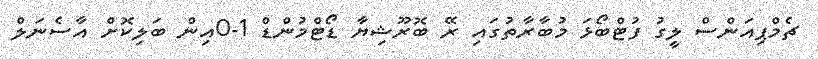
ޗެމްޕިއަންސް ލީގު ފުޓްބޯޅަ މުބާރާތުގައި ރޭ ބޮރޫޝިޔާ ޑޯޓްމުންޑް 1-0އިން ބަލިކޮށް އާސެނަލް